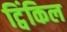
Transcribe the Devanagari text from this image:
ट्विंकिल